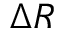
\Delta R